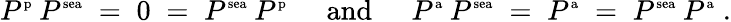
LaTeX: P^{\mathrm{\scriptsize{p}}}\: P^{\mathrm{\scriptsize{sea}}}\; =\; 0\; =\; P^{\mathrm{\scriptsize{sea}}}\: P^{\mathrm{\scriptsize{p}}}\; \; \; \; \; {\mathrm{and}}\; \; \; \; \; P^{\mathrm{\scriptsize{a}}}\: P^{\mathrm{\scriptsize{sea}}}\; =\; P^{\mathrm{\scriptsize{a}}}\; =\; P^{\mathrm{\scriptsize{sea}}}\: P^{\mathrm{\scriptsize{a}}}\; .